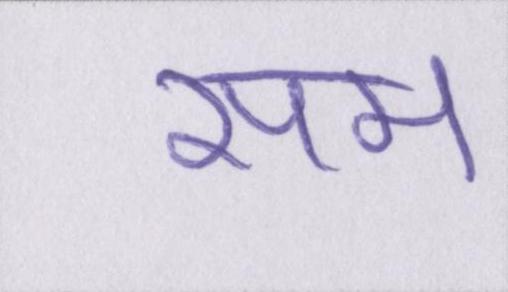
सम